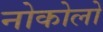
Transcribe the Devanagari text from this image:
नोकोलो